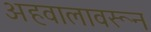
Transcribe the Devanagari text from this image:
अहवालावरून